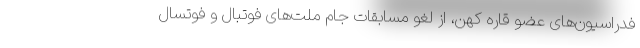
فدراسیون‌های عضو قاره کهن، از لغو مسابقات جام ملت‌های فوتبال و فوتسال